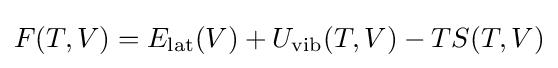
F(T,V)=E_{\rm {lat}}(V)+U_{\rm {vib}}(T,V)-TS(T,V)